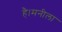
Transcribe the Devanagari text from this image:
है।मनीला